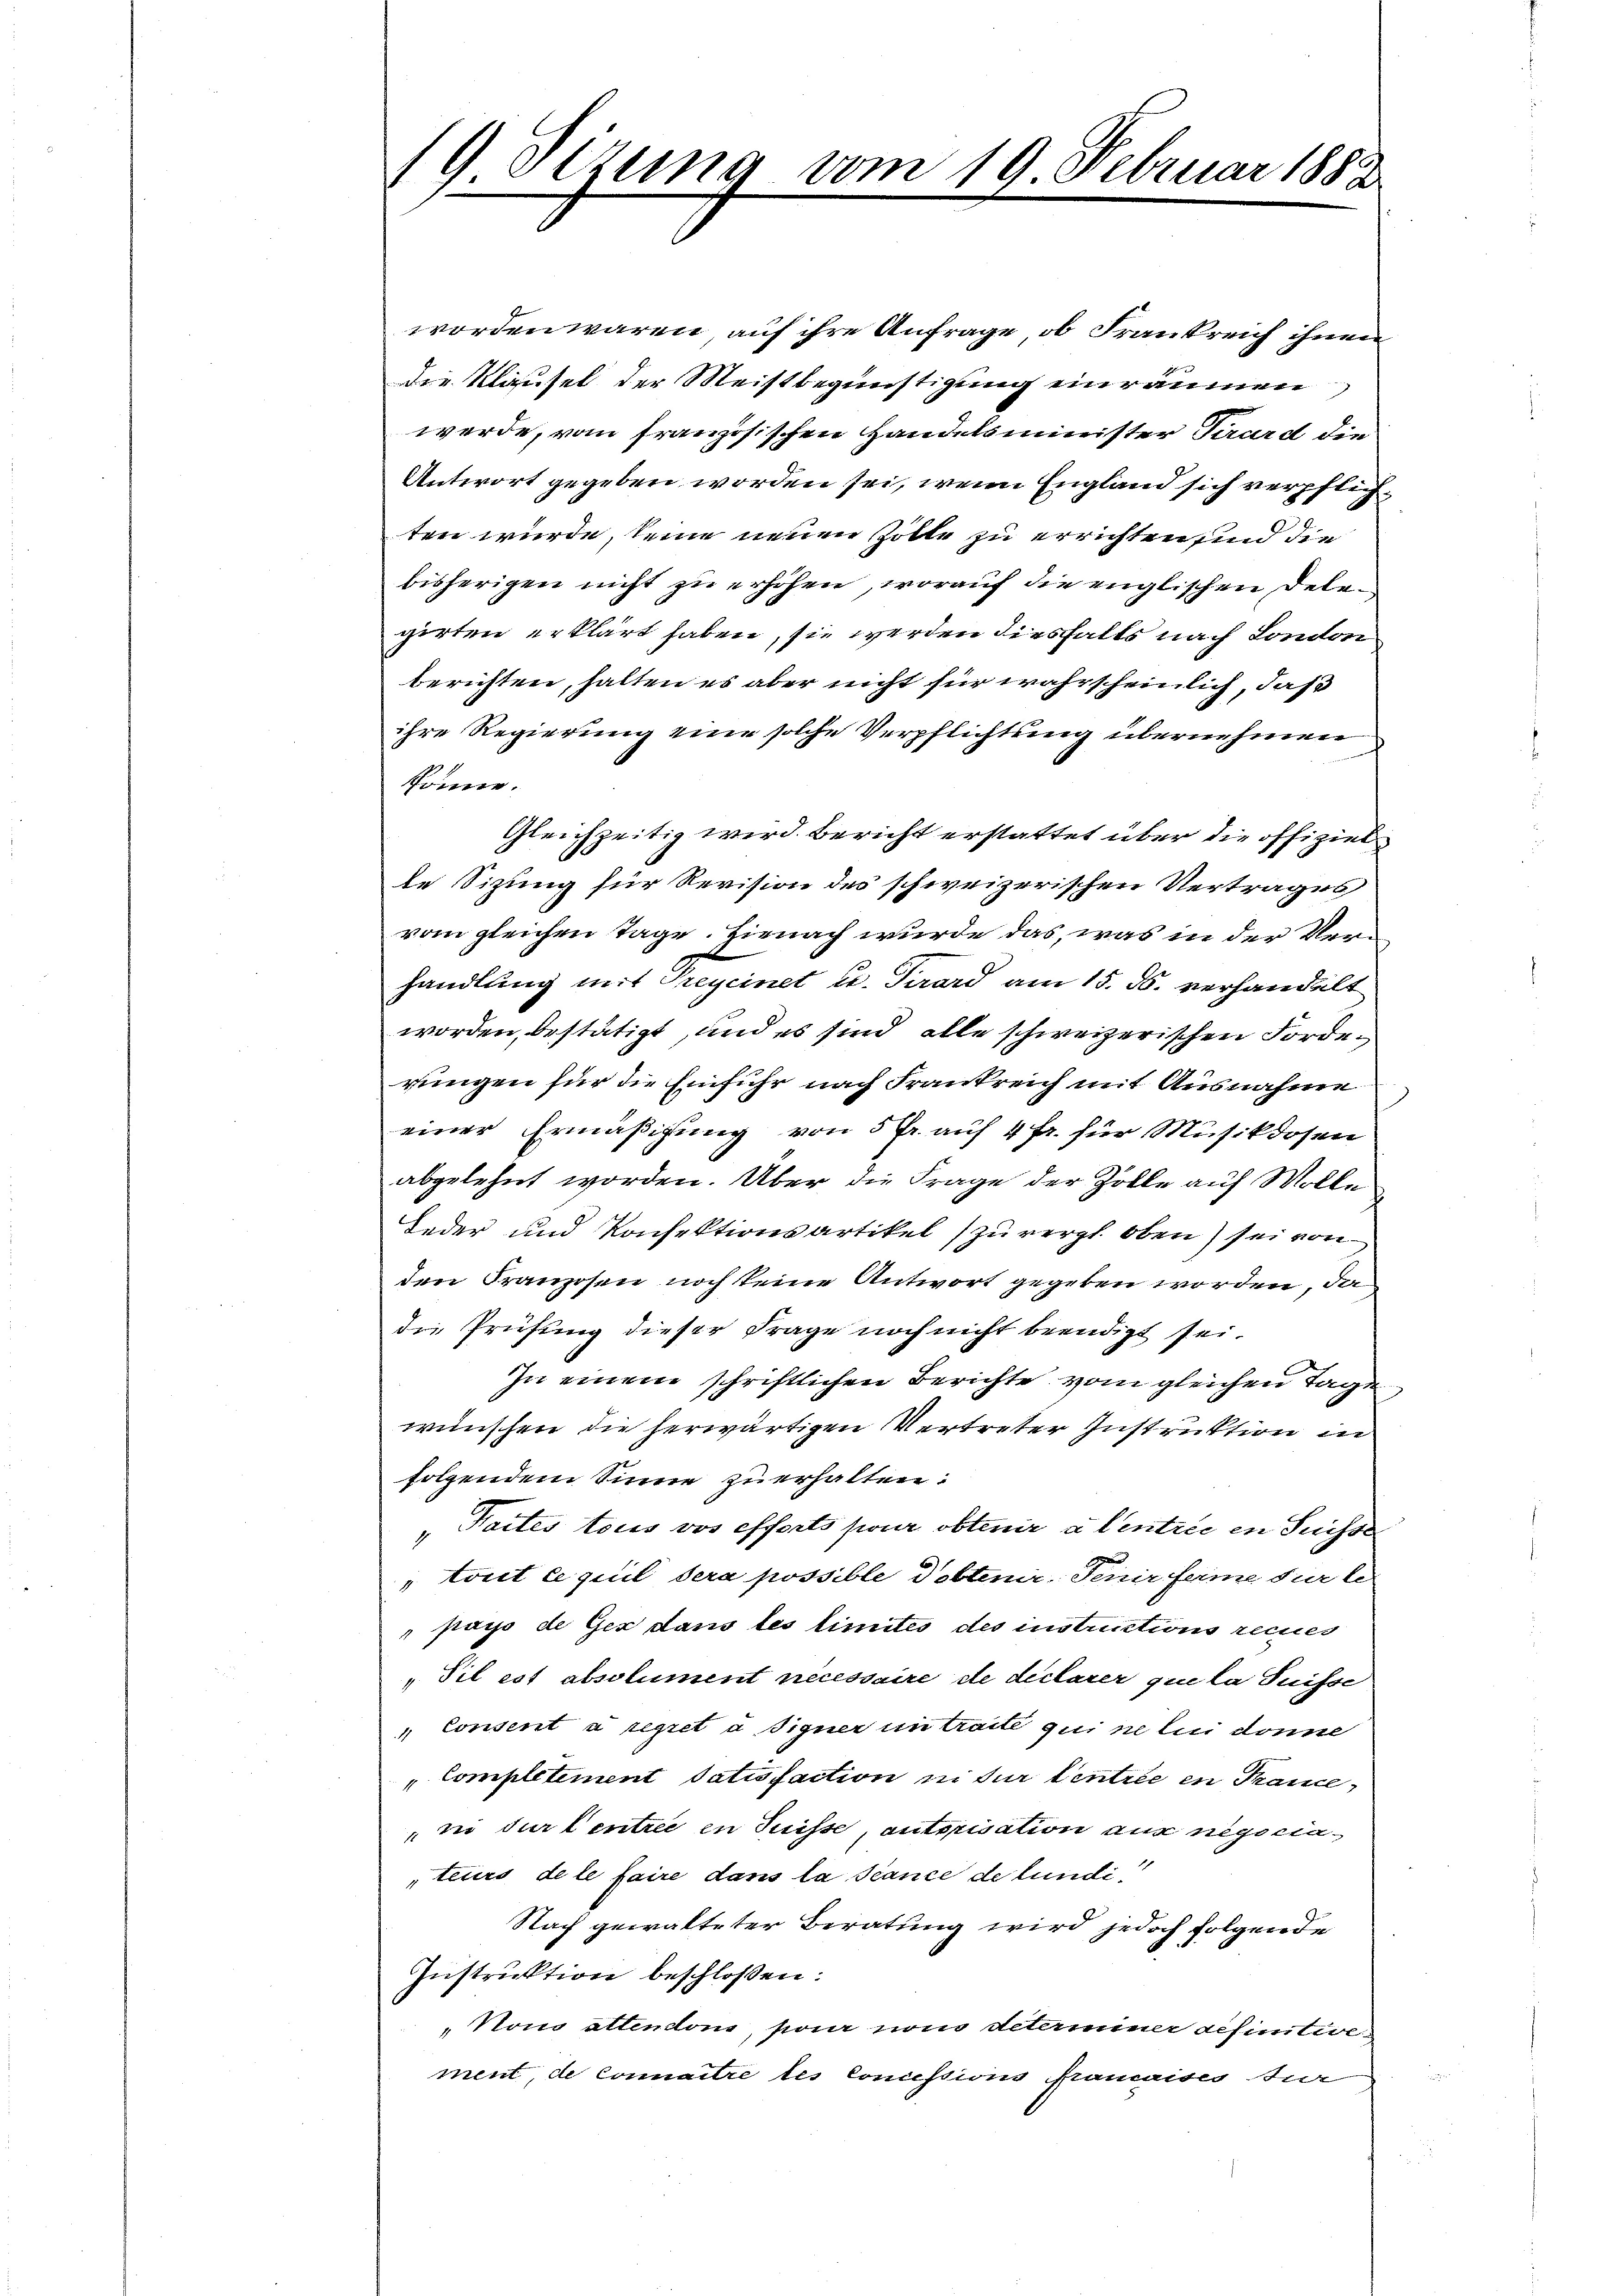
19 Tizung vom 19. Februar 1883

worden wären auf ihre Anfrage, ob Frankreich ihnen
die Klausel der Meistbegünstigung einräumen,
werde, vom französischen Handelsminister Tirard die
Antwort gegeben worden sei, wenn England sich verpflichten würde, keine neuen Zolle zu errichten sind die
bisherigen nicht zu erhöhen, worauf die englischen Delegirten erklärt haben, sie werden diesfalls nach Londoni
berichten, halten es aber nicht für wahrscheinlich, daß
ihre Regierung eine solche Verpflichtung übernehmen
könne.
Gleichzeitig wird. Bericht erstattet über die offiziel
le Sizung für Revision des schweizerischen Vertrages
vom gleichen Tage. Hienach wurde das, was in der Verhandlung mit Greyeinet u. Tirard am 15. d. verhandelt
worden, bestätigt, und es sind alle schweizerischen Forderungen für die Einfuhr nach Frankreich mit Ausnahme
einer Ermäßigung von 5 fr. auf 4 fr. für Musikdosen
abgelehnt worden. Über die Frage der Zolle auf Wolle
Feder und Konfektionsartikel zu vergl. oben) sei von
den Kranzosen noch keine Antwort gegeben worden, da
die Prüfung dieser Frage noch nicht beendigt sei.
In einem schriftlichen Berichte vom gleichen Tage
wünschen die herwärtigen Vertreter Instruktion in
folgendem Sinne zu erhalten.
"Taites tous vor efforts pour obtenir à Centrie in Suisse
" tout ce quil dera possible Pobtenir-Senir ferme sur le
" pays de Gez dans les limités des instructions recues
„Til est absolument nécessaire de declarer que la Suisse
 Consent à regret a signer in traite qui ne lui donne
"Completiment Satisfaction in für Centrie in Trance
ni der Centree in Suisse, autorisation aus negociateurs de le faire dans la séance de lundi¬
Nach gewalteter Beratung wird jedoch folgende
Instruktion beschlossen:
" Nono attendon, pour von determiner definitive
ment, de connaitre les concessions francaises zur